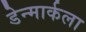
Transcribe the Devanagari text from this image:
डेन्मार्कला